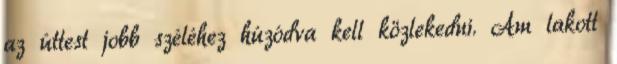
az úttest jobb széléhez húzódva kell közlekedni. Ám lakott